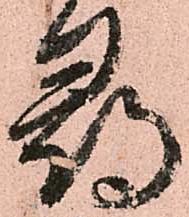
尋